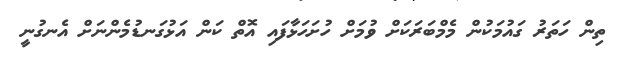
ތިން ހަތަރު ގައުމަކުން މެމްބަރަކަށް ވުމަށް ހުށަހަޅާފައި އޮތް ކަން އަޅުގަނޑުމެންނަށް އެނގުނީ